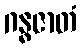
ဂန္ဓဇာတံ